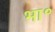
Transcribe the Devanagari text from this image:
भा॰